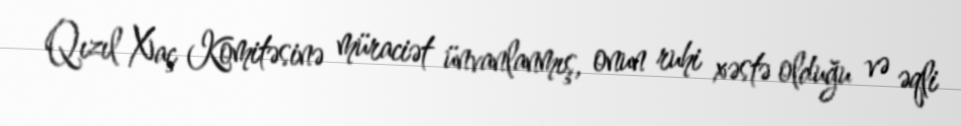
Qızıl Xaç Komitəsinə müraciət ünvanlanmış, onun ruhi xəstə olduğu və əqli